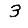
Digit: 3